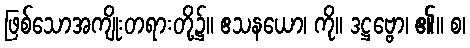
ဖြစ်သောအကျိုးတရားတို့၌။ ဧသနယော၊ ကို။ ဒဋ္ဌဗ္ဗော၊ ၏။ စ၊